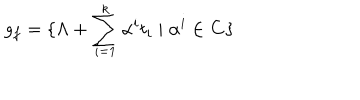
LaTeX: g _ { f } = \{ \Lambda + \sum _ { i = 1 } ^ { k } \alpha ^ { i } t _ { i } \mid \alpha ^ { i } \in { \bf C } \}